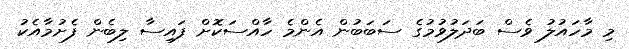
މި މާހައުލު ވެސް ބަދަލުވުމުގެ ސަބަބުން އެންމެ ހާއްސަކޮށް ފައިސާ ލިބެން ފެށުމާއެކު